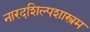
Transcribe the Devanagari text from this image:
नारदशिल्पशास्त्रम